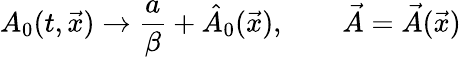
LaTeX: A_{0}(t,\vec{x})\rightarrow{\frac{a}{\beta}}+\hat{A}_{0}(\vec{x}),\qquad\vec{A}=\vec{A}(\vec{x})